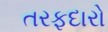
તરફદારો